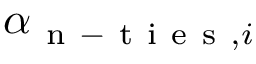
\alpha _ { \mathrm { ~ n ~ - ~ t ~ i ~ e ~ s ~ } , i }